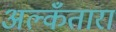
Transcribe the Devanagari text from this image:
अल्कँतारा